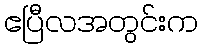
ဧပြီလအတွင်းက